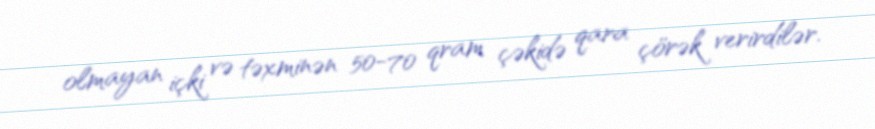
olmayan içki və təxminən 50-70 qram çəkidə qara çörək verirdilər.